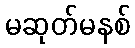
မဆုတ်မနစ်